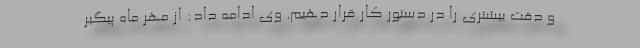
و دقت بیشتری را در دستور کار قرار دهیم. وی ادامه داد: از مهر ماه پیگیر